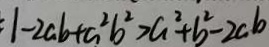
1 - 2 a b + a ^ { 2 } b ^ { 2 } > a ^ { 2 } + b ^ { 2 } - 2 a b